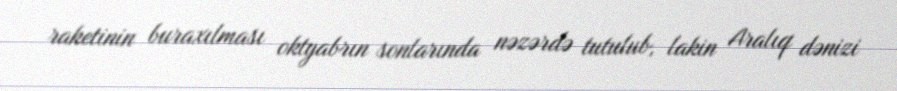
raketinin buraxılması oktyabrın sonlarında nəzərdə tutulub, lakin Aralıq dənizi